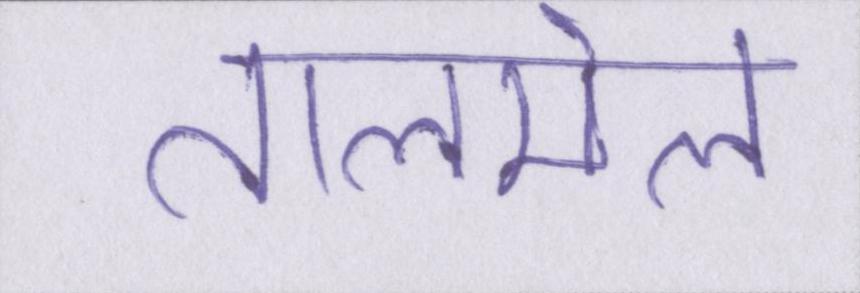
तालमेल